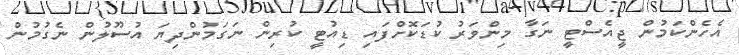
އެހެންކަމުން ޖީއެސްޓީ ނަގާ މިންވަރު ކުޑަކޮށްފައި ޑިއުޓީ ކުރިން ނަގަމުންދިޔަ އުސޫލުން ނެގުމުން